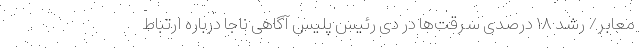
معابر/ رشد ۱۸ درصدی سرقت‌ها در دی رئیس پلیس آگاهی ناجا درباره ارتباط